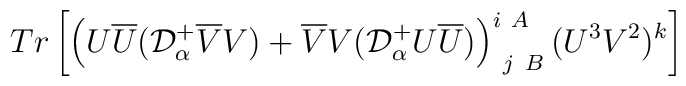
Tr\left[\left(U\overline{U}({\cal D}^+_\alpha\overline{V}V)+\overline{V}V({\cal D}^+_\alpha U\overline{U})\right)^{i\ A}_{\ j\ B}(U^3V^2)^k\right]